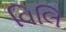
વિલિ